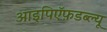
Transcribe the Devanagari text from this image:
आइपिऍफ़डब्ल्यू